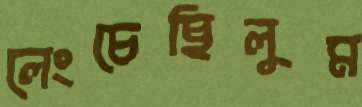
লেংচেছিলুম